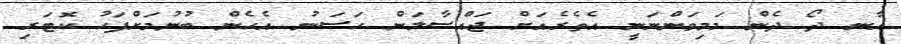
އާނ ދޯ ދެން މަމިވަންނަނީ އެތެރެއަށް ޖައްސާލަން ހަސަނު އެހެން ބުނުމަށްފަހު ކޮޓަރި